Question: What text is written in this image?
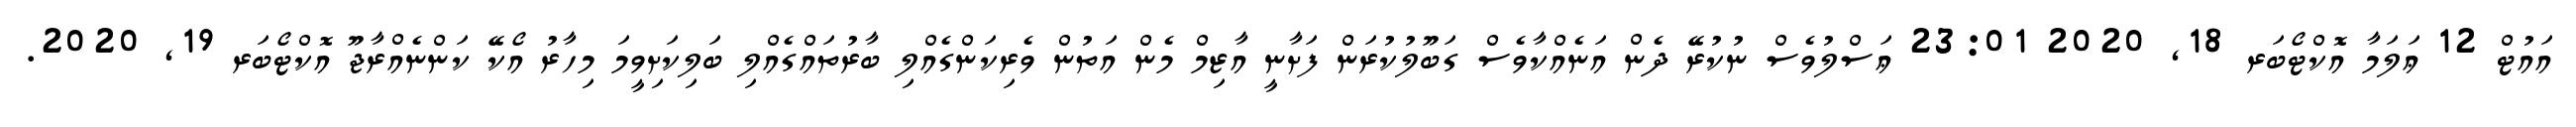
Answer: އައުޓް 12 ޢަލަމާ އޮކްޓޯބަރ 18, 2020 23:01 ޢަސްލުވެސް ނުކުރޭ ދެން އަނެއްކާވެސް ގަބޫލުކުރަން ފަށާނީ އާޒިމް މެން އަތުން ވެރިކަންގެއްލި ބާރުތައްގެއްލި ބަލިކަށިވީމަ މިހާރު އޯކޭ ކަންނެއްރާޖޫ އޮކްޓޯބަރ 19, 2020.